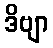
ဒိဗျာ